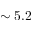
\sim 5 . 2